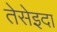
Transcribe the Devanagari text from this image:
तेसेइदा